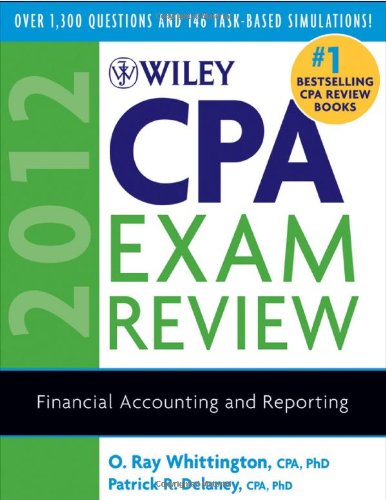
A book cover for Wiley CPA Exam Review 2012, Financial Accounting and Reporting; O. Ray Whittington; Test Preparation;